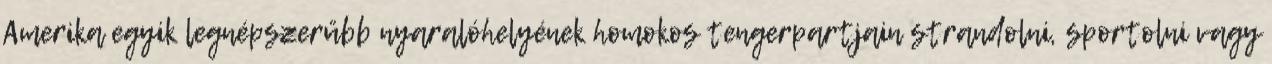
Amerika egyik legnépszerűbb nyaralóhelyének homokos tengerpartjain strandolni, sportolni vagy